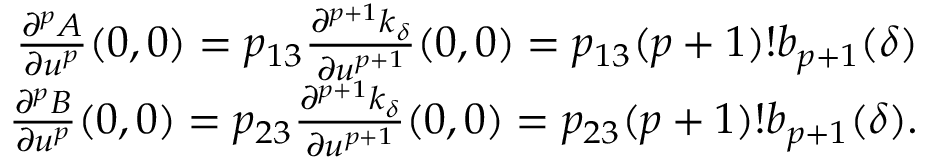
\begin{array} { r } { \frac { \partial ^ { p } A } { \partial u ^ { p } } ( 0 , 0 ) = p _ { 1 3 } \frac { \partial ^ { p + 1 } k _ { \delta } } { \partial u ^ { p + 1 } } ( 0 , 0 ) = p _ { 1 3 } ( p + 1 ) ! b _ { p + 1 } ( \delta ) } \\ { \frac { \partial ^ { p } B } { \partial u ^ { p } } ( 0 , 0 ) = p _ { 2 3 } \frac { \partial ^ { p + 1 } k _ { \delta } } { \partial u ^ { p + 1 } } ( 0 , 0 ) = p _ { 2 3 } ( p + 1 ) ! b _ { p + 1 } ( \delta ) . } \end{array}